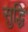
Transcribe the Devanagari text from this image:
सुद्धि